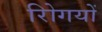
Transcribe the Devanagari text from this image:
रोिगयों